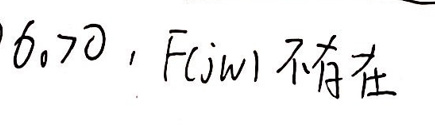
6.70，$F(j\omega) $不存在